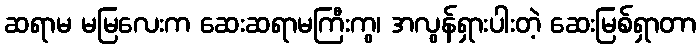
ဆရာမ မမြလေးက ဆေးဆရာမကြီးကွ၊ အလွန်ရှားပါးတဲ့ ဆေးမြစ်ရှာတာ